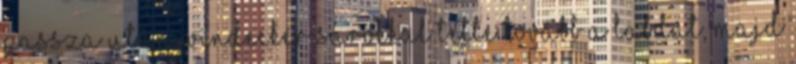
passza után Windecker sarokkal tette tovább a labdát, majd